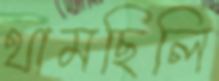
থামছিলি